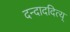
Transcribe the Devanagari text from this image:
दन्दाददित्य्